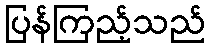
ပြန်ကြည့်သည်